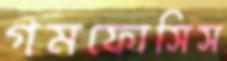
গমফোসিস